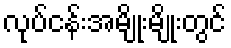
လုပ်ငန်းအမျိုးမျိုးတွင်